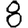
Digit: 8